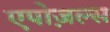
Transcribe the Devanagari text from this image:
एपोज़ल्स